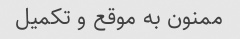
ممنون به موقع و تکمیل